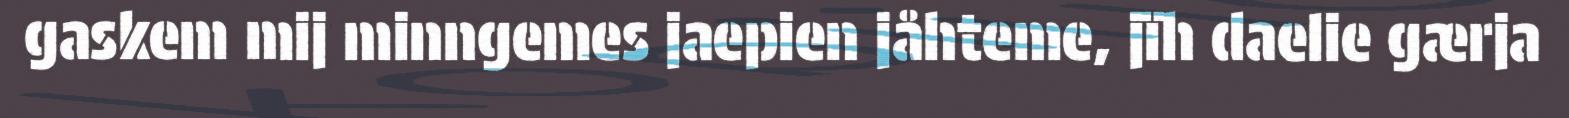
gaskem mij minngemes jaepien jåhteme, jïh daelie gærja